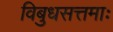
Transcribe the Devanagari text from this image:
विबुधसत्तमाः